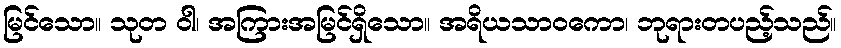
မြင်သော။ သုတ ဝါ၊ အကြားအမြင်ရှိသော။ အရိယသာဝကော၊ ဘုရားတပည့်သည်။